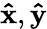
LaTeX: \mathbf{\hat{x}},\mathbf{\hat{y}}